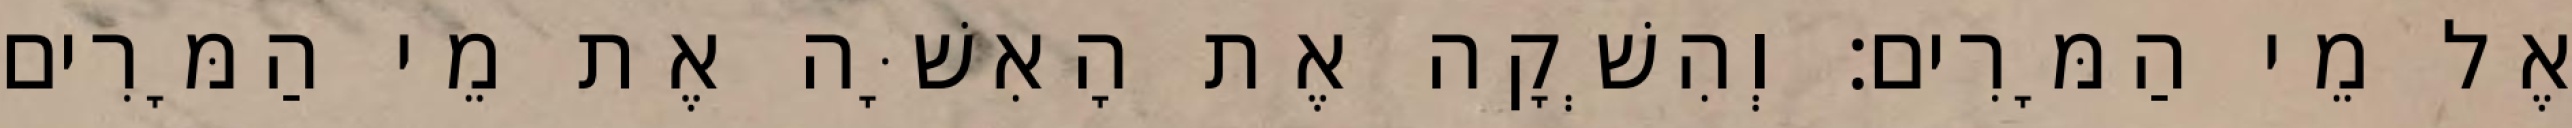
אֶל מֵי הַמָּרִים׃ וְהִשְׁקָה אֶת הָאִשָּׁה אֶת מֵי הַמָּרִים